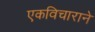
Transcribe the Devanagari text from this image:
एकविचाराने